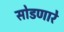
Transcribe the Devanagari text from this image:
सोडणारे